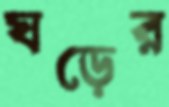
ঘড়ের